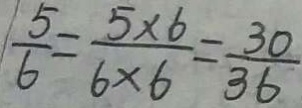
\frac { 5 } { 6 } = \frac { 5 \times 6 } { 6 \times 6 } = \frac { 3 0 } { 3 6 }